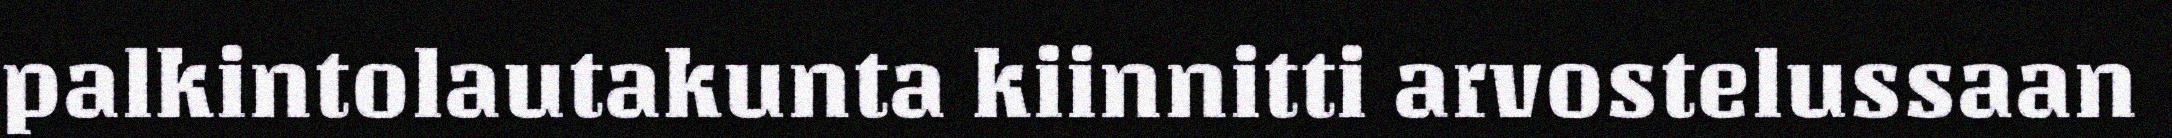
palkintolautakunta kiinnitti arvostelussaan